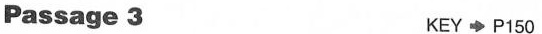
Passage 3 KEY P150